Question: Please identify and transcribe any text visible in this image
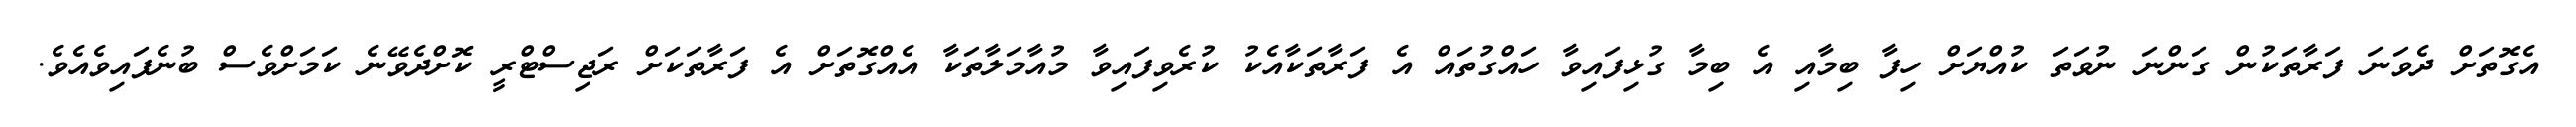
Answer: އެގޮތަށް ދެވަނަ ފަރާތަކުން ގަންނަ ނުވަތަ ކުއްޔަށް ހިފާ ބިމާއި އެ ބިމާ ގުޅިފައިވާ ހައްގުތައް އެ ފަރާތަކާއެކު ކުރެވިފައިވާ މުއާމަލާތަކާ އެއްގޮތަށް އެ ފަރާތަކަށް ރަޖިސްޓްރީ ކޮށްދެވޭނެ ކަމަށްވެސް ބުނެފައިވެއެވެ.